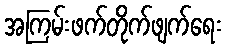
အကြမ်းဖက်တိုက်ဖျက်ရေး